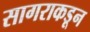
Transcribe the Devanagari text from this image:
सागराकडून